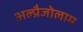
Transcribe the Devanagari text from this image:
अल्प्रैजोलाम